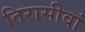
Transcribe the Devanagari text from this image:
तिरासीवां